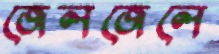
জেলজেলে